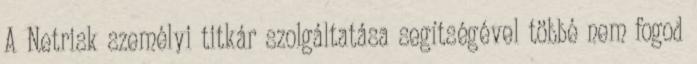
A Netrisk személyi titkár szolgáltatása segítségével többé nem fogod